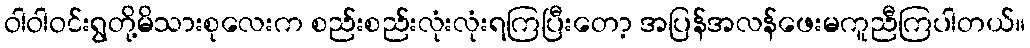
ဝါဝါဝင်းရွတို့မိသားစုလေးက စည်းစည်းလုံးလုံးရကြပြီးတော့ အပြန်အလန်ဖေးမကူညီကြပါတယ်။